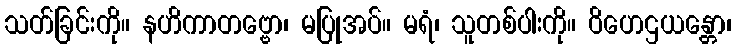
သတ်ခြင်းကို။ နဟိကာတဗ္ဗော၊ မပြုအပ်။ မရံ၊ သူတစ်ပါးကို။ ဝိဟေဌယန္တော၊